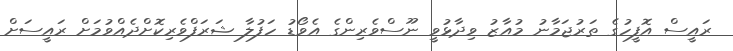
ރައީސް އޮފީހުގެ ތަރުޖަމާނު މުއާޒު ވިދާޅުވީ ނޫސްވެރިންގެ އެވޯޑު ހަފުލާ ޝަރަފްވެރިކޮށްދެއްވުމަށް ރައީސަށް